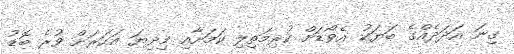
ގިނަ އަދަދެއްގެ ބަޔަކު އެވޯޑަށް ކުރިމަތިލި ކަމަށާއި މިދިޔަ އަހަރަށް ވުރެ ބޮޑު